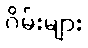
ဂိမ်းများ